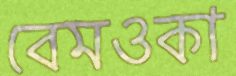
বেমওকা